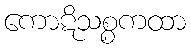
ကောဋိသစ္စကထာ